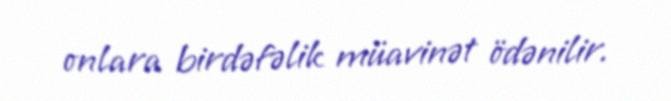
onlara birdəfəlik müavinət ödənilir.